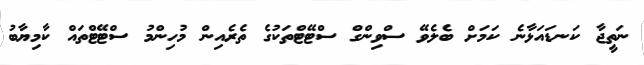
ނަތީޖާ ކަނޑައަޅާނެ ކަމަށް ބެލެވޭ ސްވިންގް ސްޓޭޓްތަކުގެ ތެރެއިން މުހިންމު ސްޓޭޓްތައް ކާމިޔާބު